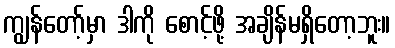
ကျွန်တော့်မှာ ဒါကို စောင့်ဖို့ အချိန်မရှိတော့ဘူး။